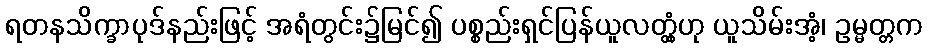
ရတနသိက္ခာပုဒ်နည်းဖြင့် အရံတွင်း၌မြင်၍ ပစ္စည်းရှင်ပြန်ယူလတ္တံ့ဟု ယူသိမ်းအံ့၊ ဥမ္မတ္တက